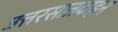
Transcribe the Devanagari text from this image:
उत्तरसातवाहन